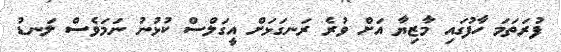
ފުރަތަމަ ހާފުގައި މާޒިޔާ އަށް ވުރެ ރަނގަޅަށް އީގަލްސް ކުޅުނު ނަމަވެސް ލަނޑު